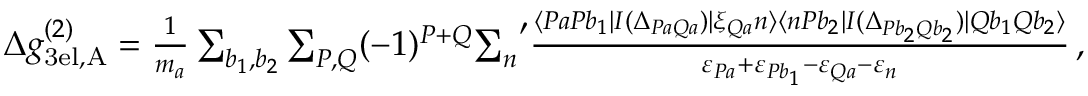
\begin{array} { r } { \Delta g _ { \mathrm { 3 e l , A } } ^ { ( 2 ) } = \frac { 1 } { m _ { a } } \sum _ { b _ { 1 } , b _ { 2 } } \sum _ { P , Q } ( - 1 ) ^ { P + Q } { \sum _ { n } } ^ { \prime } \frac { \langle P a P b _ { 1 } | I ( \Delta _ { P a Q a } ) | \xi _ { Q a } n \rangle \langle n P b _ { 2 } | I ( \Delta _ { P b _ { 2 } Q b _ { 2 } } ) | Q b _ { 1 } Q b _ { 2 } \rangle } { \varepsilon _ { P a } + \varepsilon _ { P b _ { 1 } } - \varepsilon _ { Q a } - \varepsilon _ { n } } \, , } \end{array}